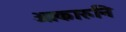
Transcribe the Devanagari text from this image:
आकारुनि